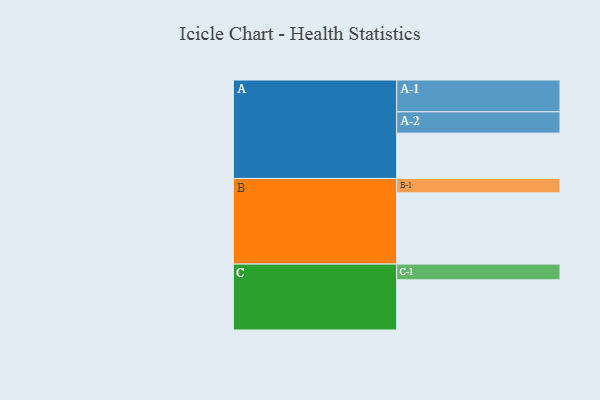
{"axis": {"x": "Segment", "y": "Value"}, "legend": ["", "A", "B", "C"], "data": [{"x": "A", "y": 319, "type": ""}, {"x": "B", "y": 502, "type": ""}, {"x": "C", "y": 353, "type": ""}, {"x": "A-1", "y": 224, "type": "A"}, {"x": "A-2", "y": 150, "type": "A"}, {"x": "B-1", "y": 101, "type": "B"}, {"x": "C-1", "y": 111, "type": "C"}]}